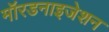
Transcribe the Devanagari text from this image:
मॉरडनाइजेशन